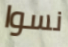
نسوا